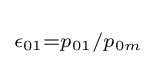
\scriptstyle \epsilon _{01}=p_{01}/p_{0m}